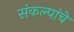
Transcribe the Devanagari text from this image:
संकल्पांचे